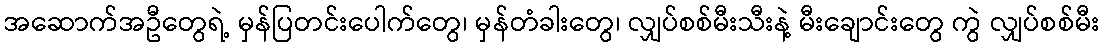
အဆောက်အဦတွေရဲ့ မှန်ပြတင်းပေါက်တွေ၊ မှန်တံခါးတွေ၊ လျှပ်စစ်မီးသီးနဲ့ မီးချောင်းတွေ ကွဲ လျှပ်စစ်မီး